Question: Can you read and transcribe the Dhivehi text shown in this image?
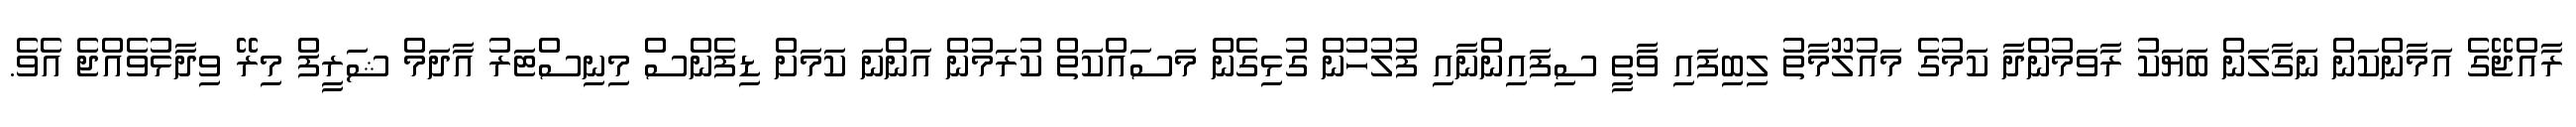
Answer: ރާއްޖޭގެ އަމާންކަން ނަގާލަން ބަޔަކު ރާވަމުންދާ ކަމުގެ މައުލޫމާތު ލިބިފައި ވާތީ ސިފައިންނާއި ފުލުހުން ގުޅިގެން މަސައްކަތް ކުރަމުން އަންނަ ކަމަށް ޑިފެންސް މިނިސްޓަރު އާދަމް ޝަރީފް މިރޭ ވިދާޅުވެއްޖެ އެވެ.